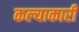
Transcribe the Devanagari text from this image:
कल्याकारी